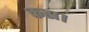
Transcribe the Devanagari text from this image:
कस।